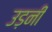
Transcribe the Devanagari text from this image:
उड़नी